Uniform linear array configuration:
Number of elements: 8
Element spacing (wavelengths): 0.75
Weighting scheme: blackman
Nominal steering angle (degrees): -45
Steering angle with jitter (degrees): -44.693
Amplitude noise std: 0.05
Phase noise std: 0.05

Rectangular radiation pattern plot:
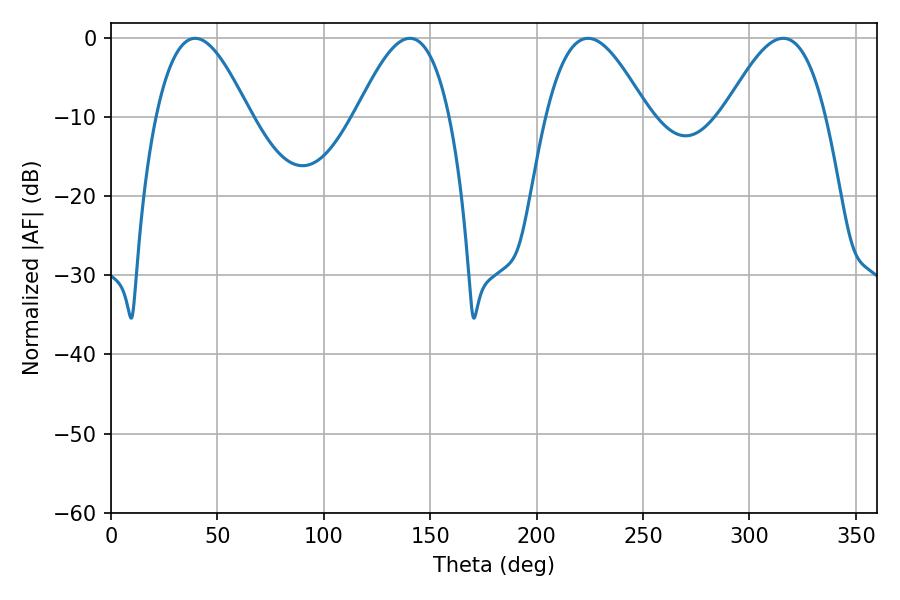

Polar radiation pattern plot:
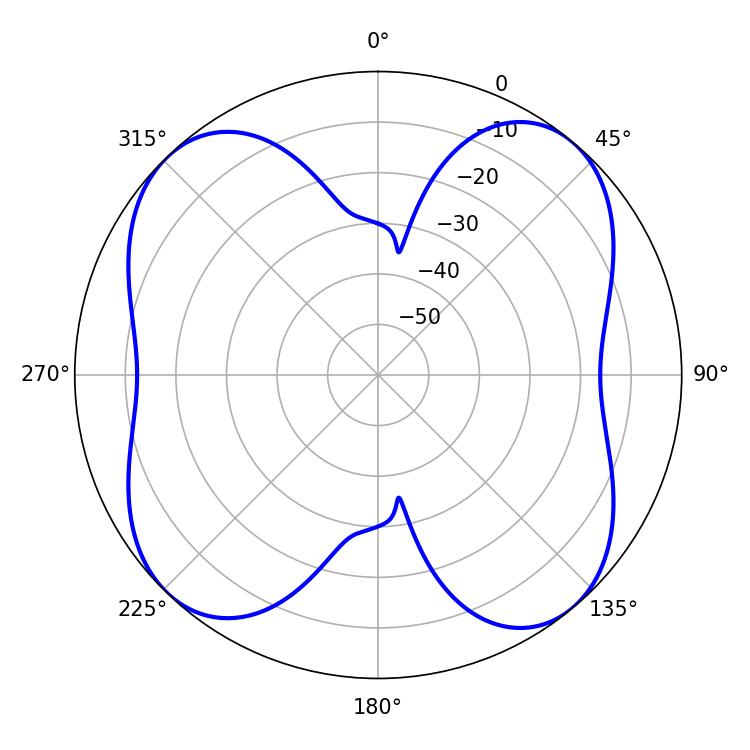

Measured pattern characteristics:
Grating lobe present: TRUE
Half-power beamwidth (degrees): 25.92
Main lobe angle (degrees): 224.1